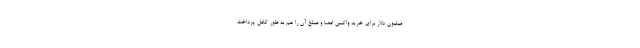
میلیون دلار برای خرید واکسن امضا و مبلغ آن را هم به طور کامل پرداخت